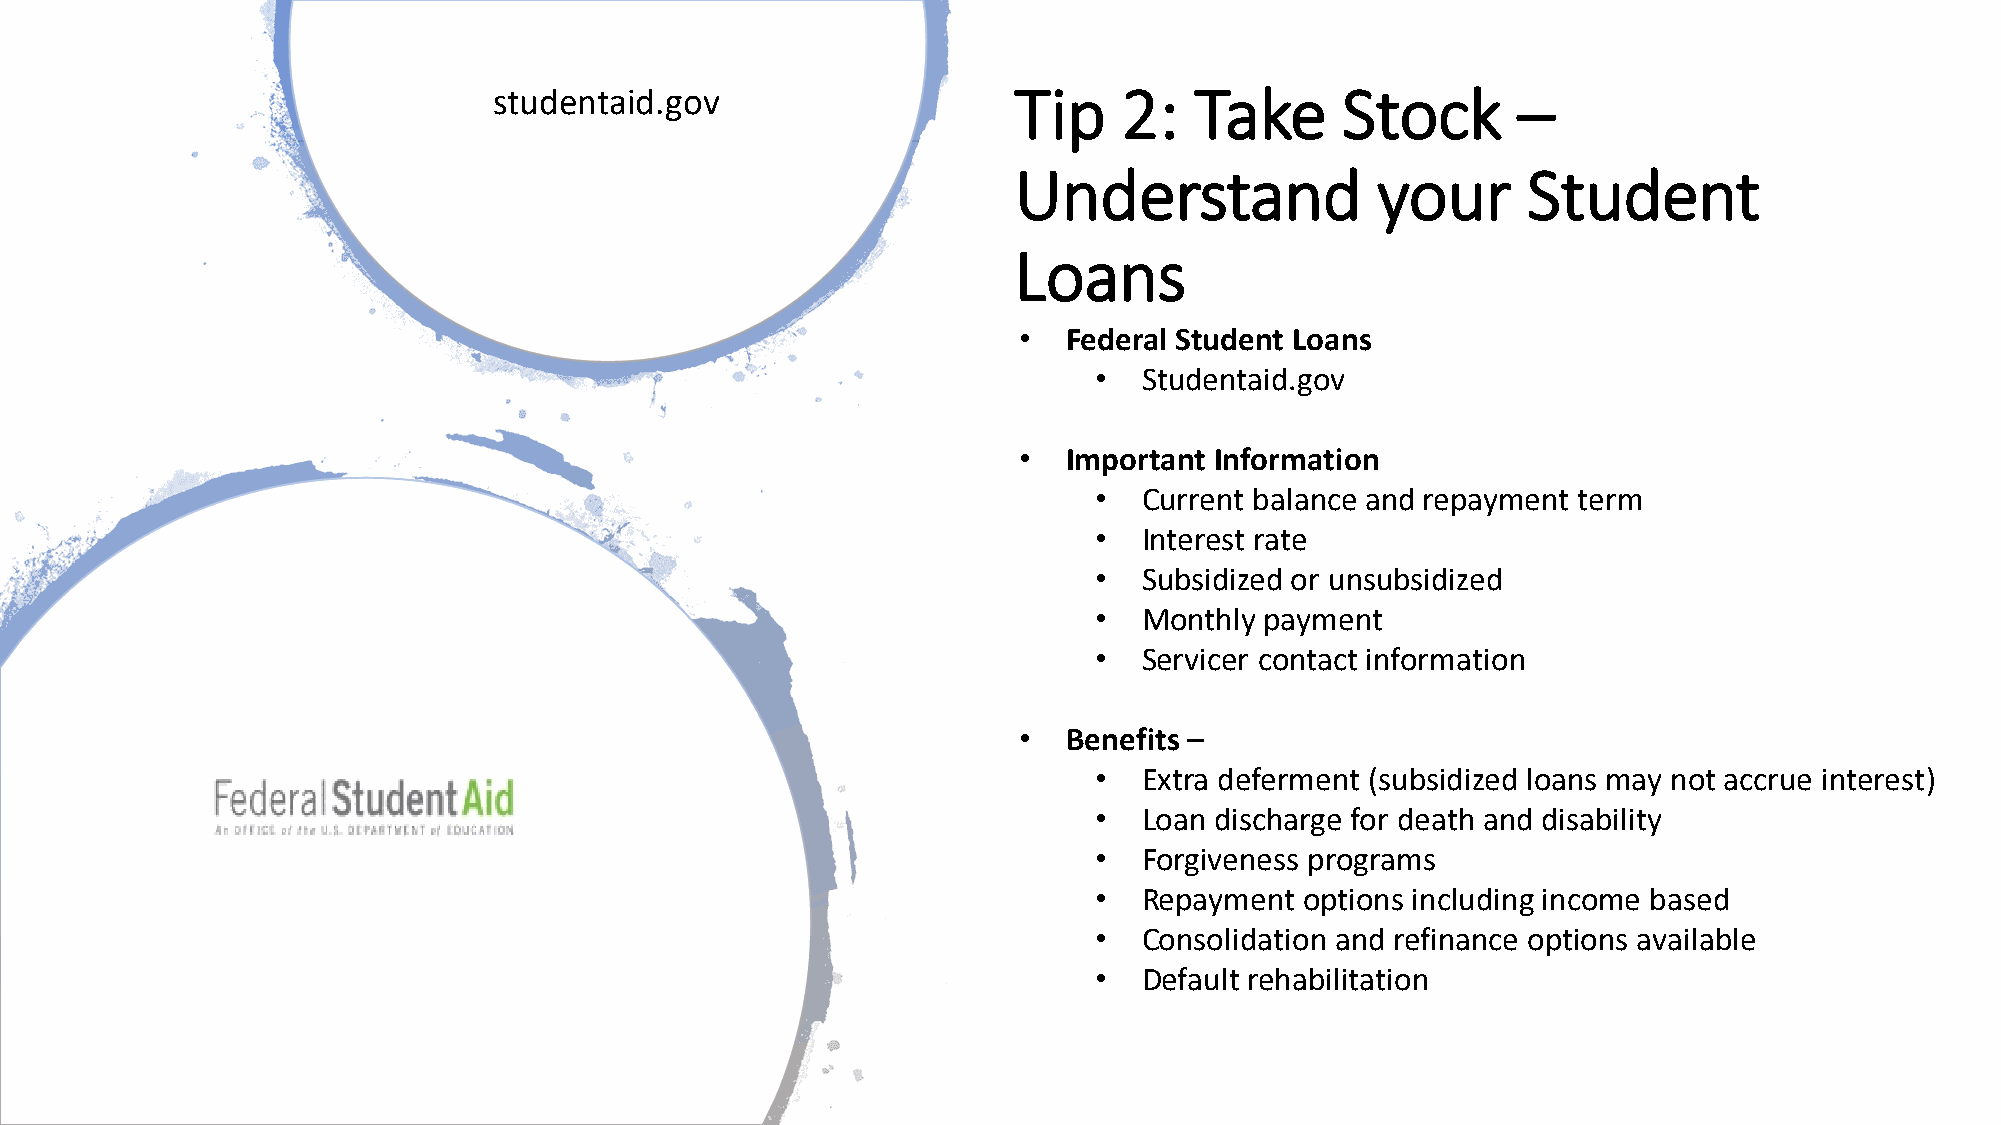
studentaid.gov                    Tip    2:   Take      Stock      –
 Understand              your      Student
 Loans
 •   Federal Student Loans
 •   Studentaid.gov
 •   Important Information
 •   Current balance and repayment term
 •   Interest rate
 •   Subsidized or unsubsidized
 •   Monthly payment
 •   Servicer contact information
 •   Benefits –
 •   Extra deferment (subsidized loans may not accrue interest)
 •   Loan discharge for death and disability
 •   Forgiveness programs
 •   Repayment options including income based
 •   Consolidation and refinance options available
 •   Default rehabilitation
 © Credit Union Student Choice 2019. Confidential and Proprietary.